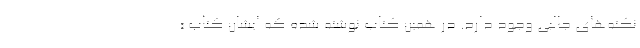
نکته‌های جالبی وجود دارد. در همین کتاب نوشته شده که ‌ایشان کتاب «